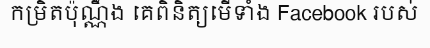
កម្រិតប៉ុណ្ណឹង គេពិនិត្យមើទាំង Facebook របស់